Medical and sanitary report of the native army of Bengal for the year
Year: 1875
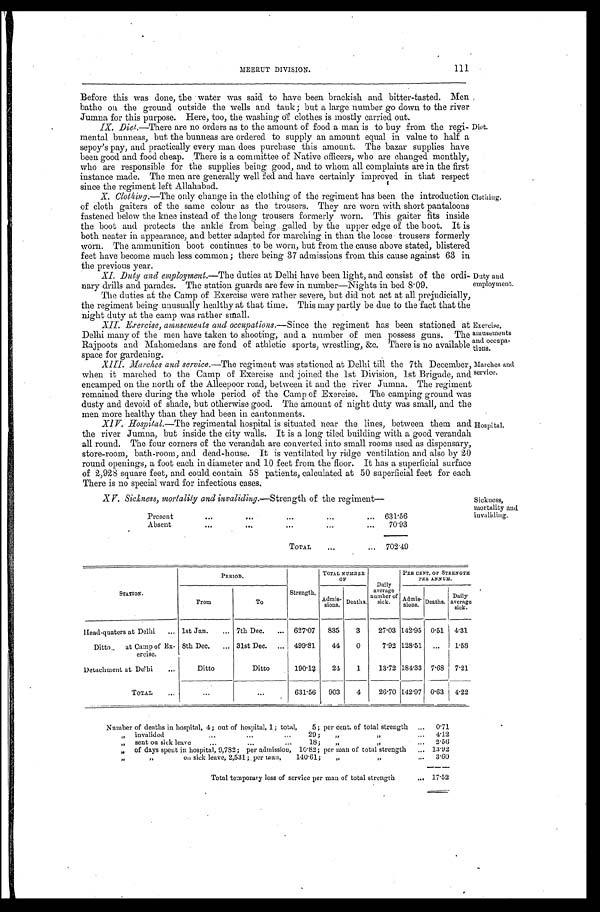
Exercise,
amusements
and occupa
-
tions.
Marches and
service.
111
MEERUT DIVISION.
Before this was done, the water was said to have been brackish and bitter-tasted. Men
bathe on the ground outside the wells and tank; but a large number go down to the river
Jumna for this purpose. Here, too, the washing of clothes is mostly carried out.
IX. Diet.—There are no orders as to the amount of food a man is to buy from the regi
-
mental bunneas, but the bunneas are ordered to supply an amount equal in value to half a
sepoy's pay, and practically every man does purchase this amount. The bazar supplies have
been good and food cheap. There is a committee of Native officers, who are changed monthly,
who are responsible for the supplies being good, and to whom all complaints are in the first
instance made. The men are generally well fed and have certainly improved in that respect
since the regiment left Allahabad.
X. Clothing.—T h e
o n l y c h a n g e i n t h e c l o t h i n g o f t h e r e g i m e n t h a s b e e n t h e i n t r o d u c t i o n
of cloth gaiters of the same colour as the trousers. They are worn with short pantaloons
fastened below the knee instead of the long trousers formerly worn. This gaiter fits inside
the boot and protects the ankle from being galled by the upper edge of the boot. It
i s
b o t h n e a t e r i n a p p e a r a n c e , a n d b e t t e r a d a p t e d f o r m a r c h i n g i n t h a n t h e l o o s e t r o u s e r s f o r m e r l y
worn. The ammunition boot continues to be worn, but from the cause above stated, blistered
feet have become much less common; there being 37 admissions from this cause against 63 in
the previous year.
XI. Duty and employment.—The duties at Delhi have been light, and consist of the ordi
-
nary drills and parades. The station guards are few in number—Nights in bed 8.09.
The duties at the Camp of Exercise were rather severe, but did not act at all prejudicially,
the regiment being unusually healthy at that time. This may partly be due to the fact that the
night duty at the camp was rather small.
Diet.
Clothing.
Duty and
employment.
XII. Exercise, amusements and occupations.— Since the regiment has been stationed at
Delhi many of the men have taken to shooting, and a number of men possess guns. The
Rajpoots and Mahomedans are fond of athletic sports, wrestling, &c. There is no available
space for gardening.
XIII. Marches and service.— The regiment was stationed at Delhi till the 7th December,
when it marched to the Camp of Exercise and joined the 1st Division, 1st Brigade, and
encamped on the north of the Alleepoor road, between it and the river Jumna. The regiment
remained there during the whole period of the Camp of Exercise. The camping ground was
dusty and devoid of shade, but otherwise good. The amount of night duty was small, and the
men more healthy than they had been in cantonments.
XIV. Hospital.—The regimental hospital is situated near the lines, between them and
the river Jumna, but inside the city walls. It is a long tiled building with a good verandah
all round. The four corners of the verandah are converted into small rooms used as dispensary,
store-room, bath-room, and dead-house. It is ventilated by ridge ventilation and also by 20
round openings, a foot each in diameter and 10 feet from the floor. It has a superficial surface
of 2,928 square feet, and could contain 58 patients, calculated at 50 superficial feet for each
There is no special ward for infectious cases.
Hospital.
XV. Sickness, mortality and invaliding,— Strength of the regiment—
Present . . .
631.56
Absent
.
.
.
70.93
TOTAL . . .
702.49
Sickness,
mortality and
STATION.
PERIOD.
Strength.
TOTAL NUMBER
OF
Daily
average
number of
sick.
PER CENT. OF STRENGTH
PER ANNUM.
From
To
Admis-
sions. Deaths.
Admis-
sions. Deaths.
Daily
average
s i c k .
Head-quaters at Delhi . . . 1st Jan . . . 7th Dec. . . . 627.07
835
3
27.03 142.95 0.51 4.31
Ditto. at Camp of Ex-
e r c i s e .
8th Dec. . . . 31st Dec. . . .
499.81
44
0
7.92 128.51
. . .
1.58
Detachment at Delhi . . .
Ditto
Ditto
190.12
24
1
13.72 184.33 7.68 7.21
TOTAL . . .
. . .
. . .
631.56
903
4
26.70 142.97 0.63 4.22
Number of deaths in hospital, 4; out of hospital, 1; total, 5; per cent. of total strength . . .
0.71
" invalided . . . "
. . . 29; " " . . .
4.12
" sent on sick leave . . . 18; " " . . .
2 . 5 6
" of days spent in hospital, 9,782; per admission, 10.82; per man of total strength . . . 13.92
" " on sick leave, 2,531; per man, 140.61; " " . . .
3 . 6 0
Total temporary loss of service per man of total strength . . . 17.52